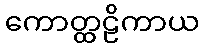
ကောတ္ထဠိကာယ